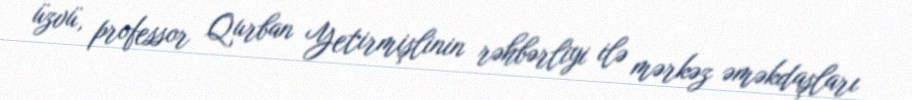
üzvü, professor Qurban Yetirmişlinin rəhbərliyi ilə mərkəz əməkdaşları